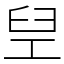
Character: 𬛸